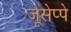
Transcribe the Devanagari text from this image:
जूसेप्पे